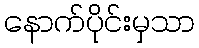
နောက်ပိုင်းမှသာ